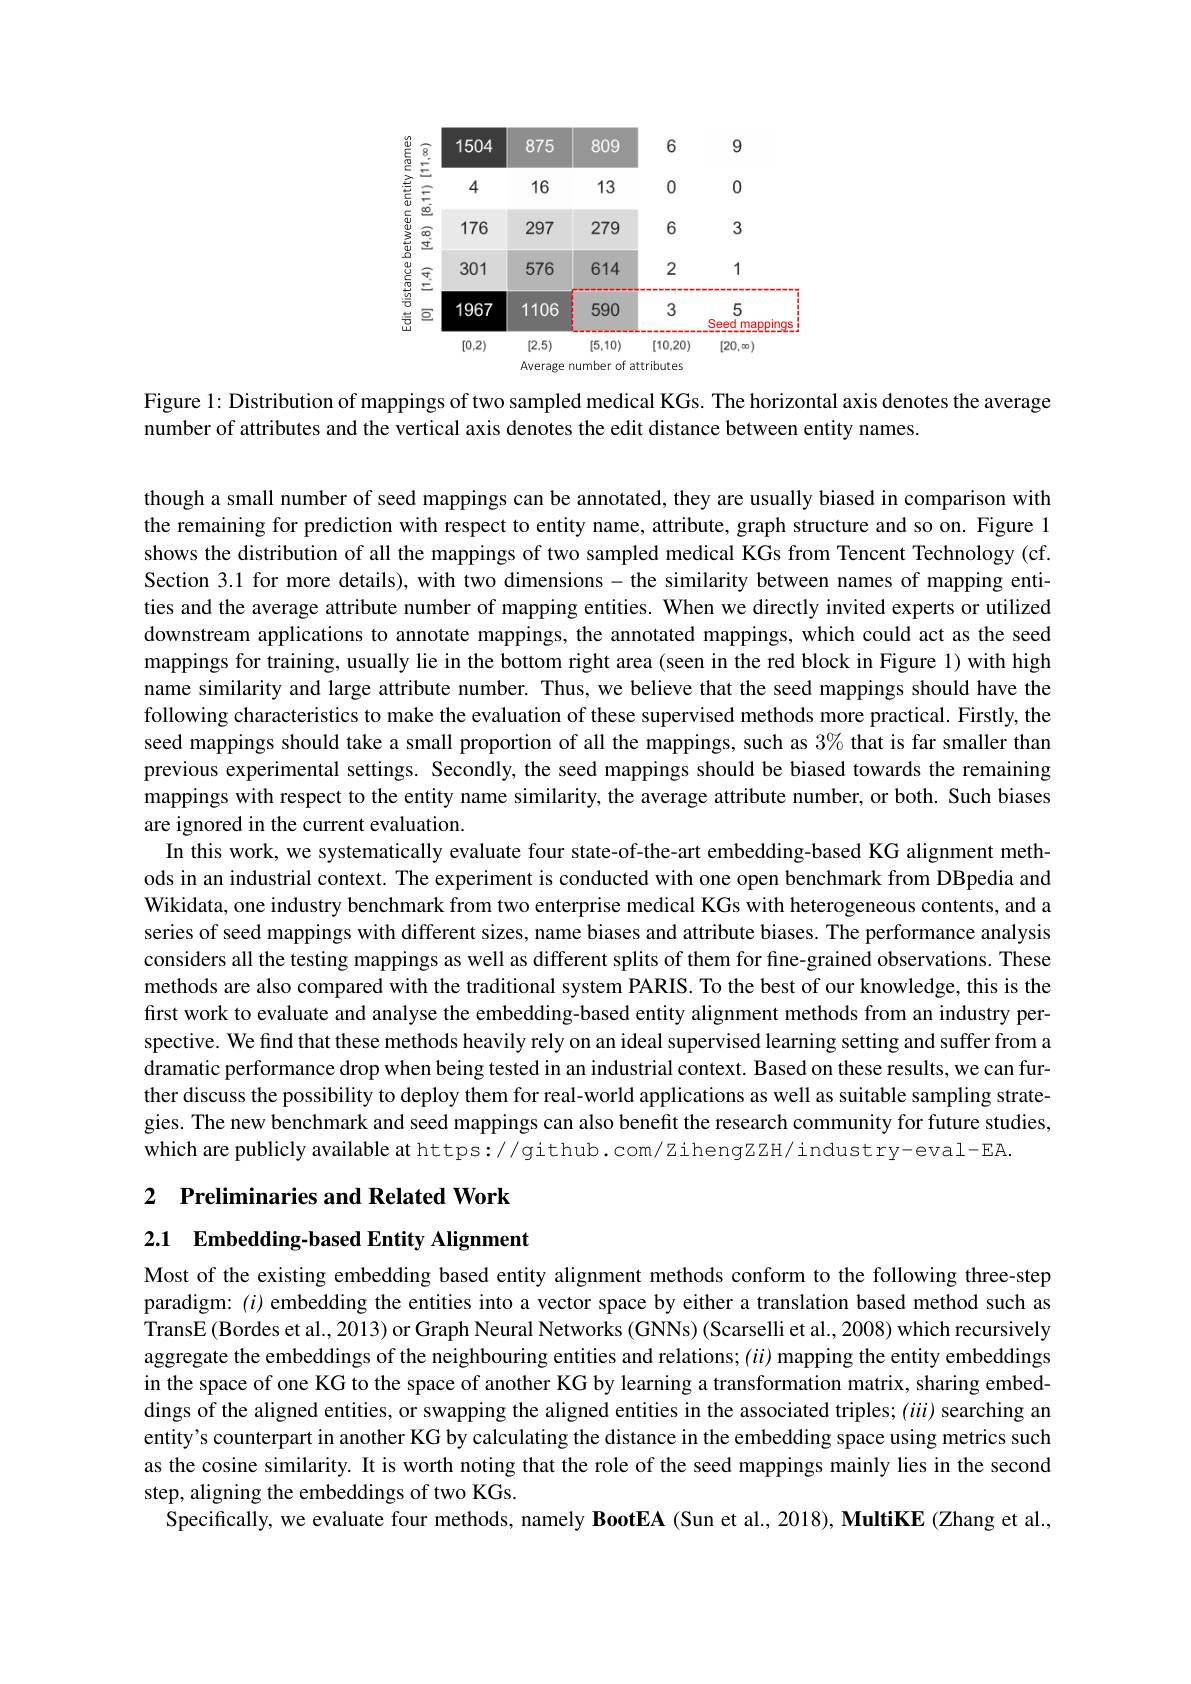
<FigureHere>

Figure 1: Distribution of mappings of two sampled medical KGs. The horizontal axis denotes the average

number of attributes and the vertical axis denotes the edit distance between entity names.

though a small number of seed mappings can be annotated, they are usually biased in comparison with the remaining for prediction with respect to entity name, attribute, graph structure and so on. Figure 1 shows the distribution of all the mappings of two sampled medical KGs from Tencent Technology (cf. Section 3.1 for more details), with two dimensions - the similarity between names of mapping entities and the average attribute number of mapping entities. When we directly invited experts or utilized downstream applications to annotate mappings, the annotated mappings, which could act as the seed mappings for training, usually lie in the bottom right area (seen in the red block in Figure 1) with high name similarity and large attribute number. Thus, we believe that the seed mappings should have the following characteristics to make the evaluation of these supervised methods more practical. Firstly, the seed mappings should take a small proportion of all the mappings, such as $3\%$ that is far smaller than previous experimental settings. Secondly, the seed mappings should be biased towards the remaining mappings with respect to the entity name similarity, the average attribute number, or both. Such biases are ignored in the current evaluation.
In this work, we systematically evaluate four state-of-the-art embedding-based KG alignment methods in an industrial context. The experiment is conducted with one open benchmark from DBpedia and Wikidata, one industry benchmark from two enterprise medical KGs with heterogeneous contents, and a series of seed mappings with different sizes, name biases and attribute biases. The performance analysis considers all the testing mappings as well as different splits of them for fine-grained observations. These methods are also compared with the traditional system PARIS. To the best of our knowledge, this is the first work to evaluate and analyse the embedding-based entity alignment methods from an industry perspective. We find that these methods heavily rely on an ideal supervised learning setting and suffer from a dramatic performance drop when being tested in an industrial context. Based on these results, we can further discuss the possibility to deploy them for real-world applications as well as suitable sampling strategies. The new benchmark and seed mappings can also benefit the research community for future studies, which are publicly available at https://github.com/zihengzzH/industry-eval-EA.

2 Preliminaries and Related Work

2.1 $\textbf{Embedding- based Entity Alignment}$

Most of the existing embedding based entity alignment methods conform to the following three-step paradigm: $(i)$ embedding the entities into a vector space by either a translation based method such as TransE (Bordes et al., 2013) or Graph Neural Networks (GNNs) (Scarselli et al., 2008) which recursively aggregate the embeddings of the neighbouring entities and relations; ($ii)$ mapping the entity embeddings in the space of one KG to the space of another KG by learning a transformation matrix, sharing embeddings of the aligned entities, or swapping the aligned entities in the associated triples; ($iii)$ searching an entity's counterpart in another KG by calculating the distance in the embedding space using metrics such as the cosine similarity. It is worth noting that the role of the seed mappings mainly lies in the second step, aligning the embeddings of two KGs.
Specifically, we evaluate four methods, namely BootEA (Sun et al., 2018), MultiKE (Zhang et al.,